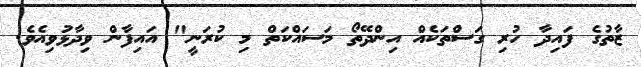
ޒާތުގެ ފައިދާ ހުރި ގަސްތަކެއް އިންދޭތޯ މަސައްކަތް މި ކުރަނީ" އައިފާން ވިދާޅުވިއެވެ.